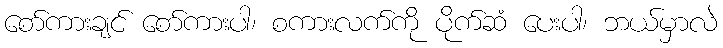
စော်ကားချင် စော်ကားပါ၊ စကားလက်ကို ပိုက်ဆံ ပေးပါ၊ ဘယ်မှာလဲ